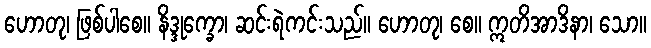
ဟောတု၊ ဖြစ်ပါစေ။ နိဒ္ဒုက္ခော၊ ဆင်းရဲကင်းသည်။ ဟောတု၊ စေ။ ဣတိအာဒိနာ၊ သော။